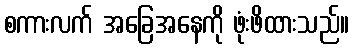
စကားလက် အခြေအနေကို ဖုံးဖိထားသည်။